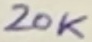
Text: 20K